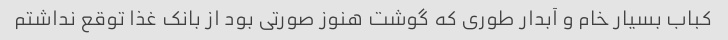
کباب بسیار خام و آبدار طوری که گوشت هنوز صورتی بود از بانک غذا توقع نداشتم